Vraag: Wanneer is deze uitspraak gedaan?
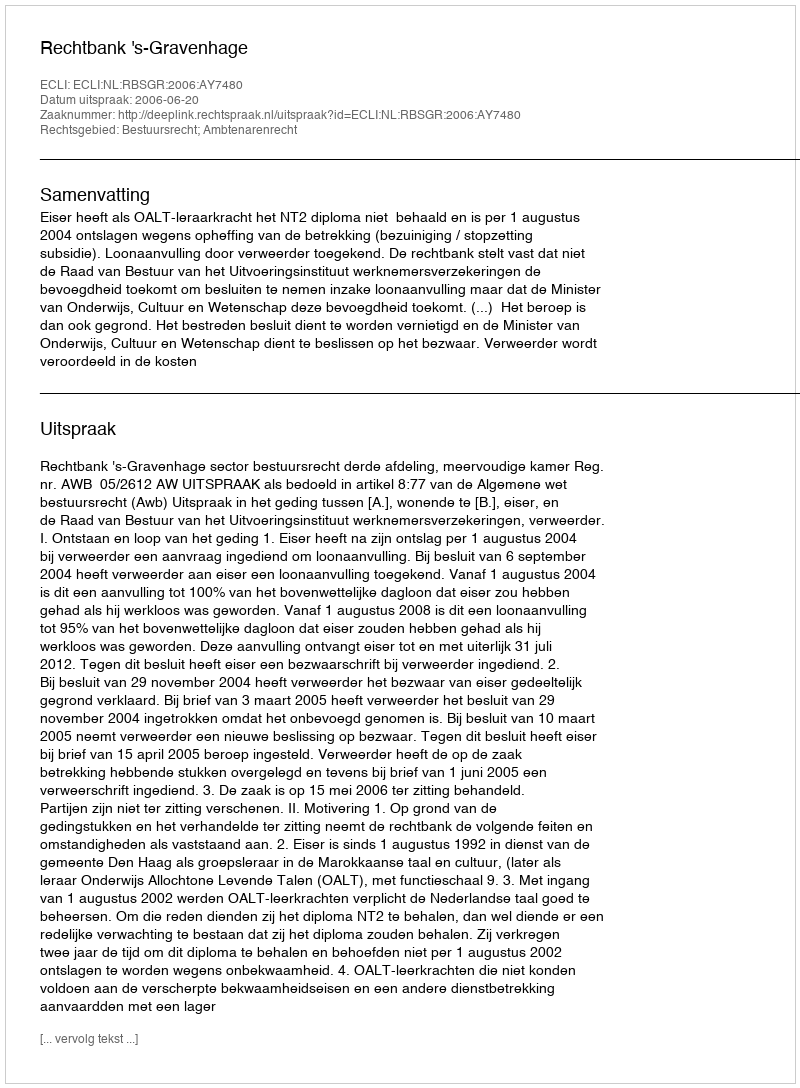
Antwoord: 2006-06-20